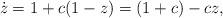
LaTeX: \begin{gather*}\dot{z} = 1+ c(1-z)=(1+c) - cz,\end{gather*}